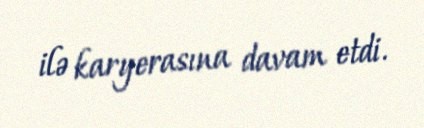
ilə karyerasına davam etdi.